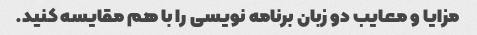
مزایا و معایب دو زبان برنامه نویسی را با هم مقایسه کنید.